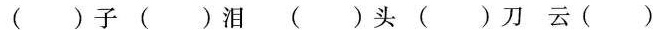
()子 ()泪 ()头 ()刀 云()